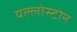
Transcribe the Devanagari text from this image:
यल्लोस्टोन